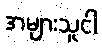
အများသူငါ